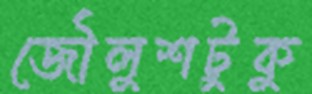
জৌলুশটুকু